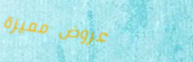
عروض مميزة